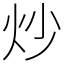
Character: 炒